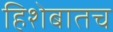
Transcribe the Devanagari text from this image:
हिशेबातच